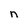
Character: n